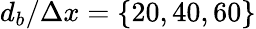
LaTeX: d_{b}/\Delta x=\{ 20,40,60\}